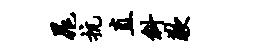
晁抗直斜歉